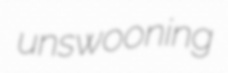
unswooning